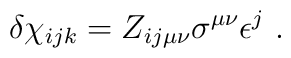
\delta\chi_{ijk} = Z_{ij\mu\nu}\sigma^{\mu\nu}\epsilon^j \ .